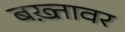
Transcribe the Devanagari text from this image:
बख़्तावर